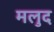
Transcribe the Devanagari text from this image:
मलुद